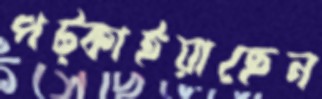
পট্‌কাইয়াছেন